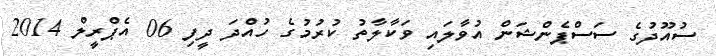
ސުއޫދުގެ ސަސްޕެންޝަން އުވާލައި ވަކާލާތު ކުރުމުގެ ހުއްދަ ދީފި 06 އެޕްރީލް 2014